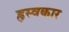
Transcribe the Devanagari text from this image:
ह्रस्वकार